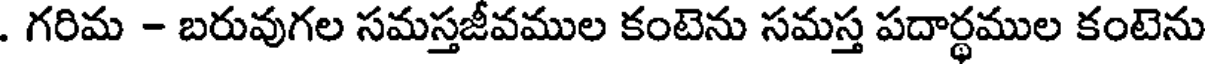
. గరిమ - బరువుగల సమస్తజీవముల కంటెను సమస్త పదార్థముల కంటెను